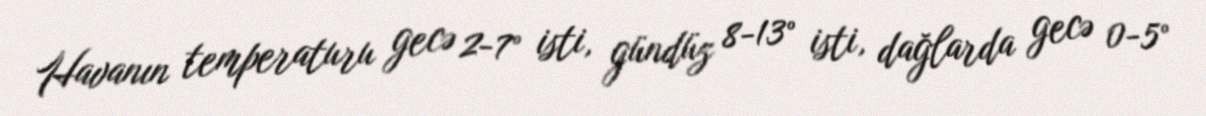
Havanın temperaturu gecə 2-7° isti, gündüz 8-13° isti, dağlarda gecə 0-5°